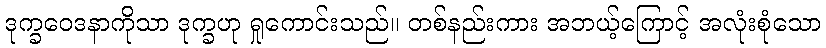
ဒုက္ခဝေဒနာကိုသာ ဒုက္ခဟု ရှုကောင်းသည်။ တစ်နည်းကား အဘယ့်ကြောင့် အလုံးစုံသော